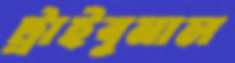
ট্রাইবুনাল